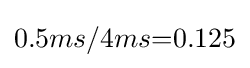
{0.5ms}/{4ms}{=}0.125